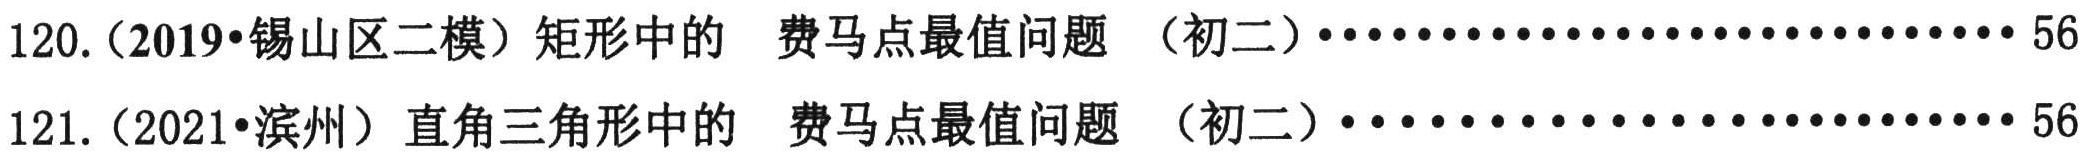
120.（2019•锡山区二模）矩形中的 费马点最值问题 （初二）····························56

121.（2021•滨州）直角三角形中的 费马点最值问题 （初二）····························56